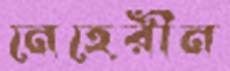
নেহেরীন